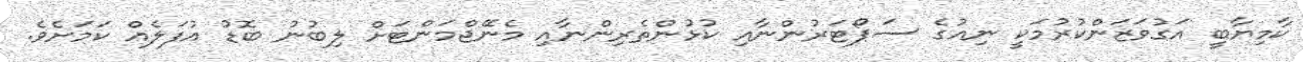
ކާމިޔާބީ އަގުވަޒަންކުރުމަކީ ނިއުގެ ސަޕޯޓަރުންނާއި ކުޅުންތެރިންނާއި މެނޭޖްމަންޓަށް ލިބުނު ބޮޑު އުފަލެއް ކަމަށެވެ.